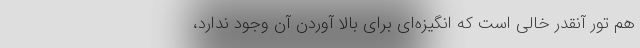
هم تور آنقدر خالی است که انگیزه‌ای برای بالا آوردن آن وجود ندارد،